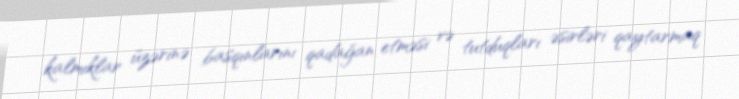
kalmıklar üzərinə basqınlarını qadağan etməsi və tutduqları əsirləri qaytarmaq